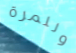
وللمرة